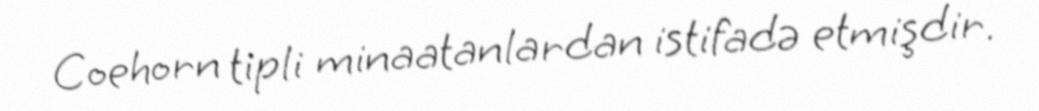
Coehorn tipli minaatanlardan istifadə etmişdir.